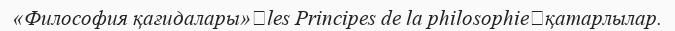
«Философия қағидалары»（les Principes de la philosophie）қатарлылар.